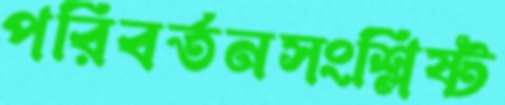
পরিবর্তনসংশ্লিষ্ট